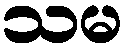
သမ